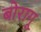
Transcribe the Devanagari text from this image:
बोरागू